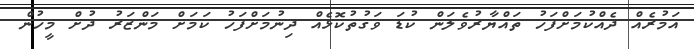
އަމުރެއް ދެއްކުމަށްފަހު ތައްޔާރުވެލަން ކުޑަ ވަގުތުކޮޅެއް ދިނުމަށްފަހު ކަމަށް މަންޒަރު ދުށް މީހުން